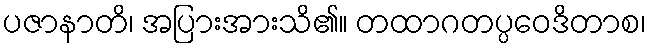
ပဇာနာတိ၊ အပြားအားသိ၏။ တထာဂတပ္ပဝေဒိတာစ၊